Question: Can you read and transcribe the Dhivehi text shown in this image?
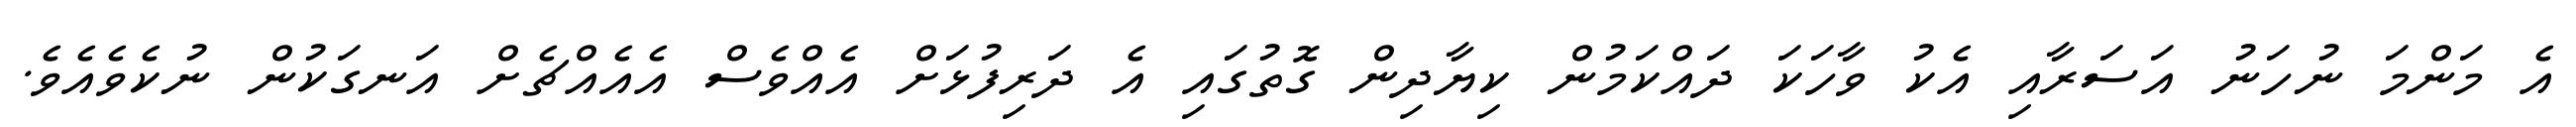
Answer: އެ މަންމަ ނުހަނު އަސަރާއި އެކު ވާހަކަ ދައްކަމުން ކިޔާދިން ގޮތުގައި އެ ދަރިފުޅަށް އެއްވެސް އެއެއްޗެށް އަނގަކުން ނުކެވެއެވެ.